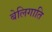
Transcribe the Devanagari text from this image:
बेलिगाति